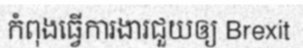
កំពុងធ្វើការងារជួយឲ្យ Brexit